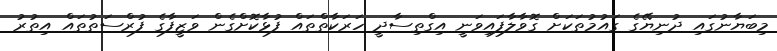
މިބަޔާނުގައި ދުނިޔޭގެ ގައުމުތަކަށް ގޮވާލާފައިވަނީ އިގްތިސާދީ ހަރަކާތްތައް ފުޅާކޮށްގެން ވަޒީފާގެ ފުރްސަތުތައް އިތުރު